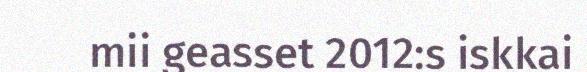
mii geasset 2012:s iskkai